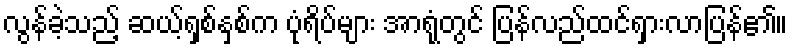
လွန်ခဲ့သည့် ဆယ့်ရှစ်နှစ်က ပုံရိပ်များ အာရုံတွင် ပြန်လည်ထင်ရှားလာပြန်၏။